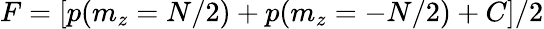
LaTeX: F=[p(m_{z}=N/2)+p(m_{z}=-N/2)+C]/2